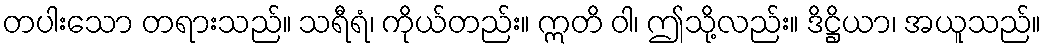
တပါးသော တရားသည်။ သရီရံ၊ ကိုယ်တည်း။ ဣတိ ဝါ၊ ဤသို့လည်း။ ဒိဋ္ဌိယာ၊ အယူသည်။